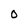
Character: O